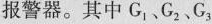
门窗1窗20kΩΓ报警器。其中G_{1} 、G_{2} 、G_{3}